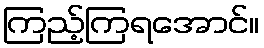
ကြည့်ကြရအောင်။